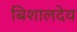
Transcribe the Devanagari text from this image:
बिशालदेव